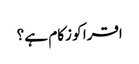
اقرا کو زکام ہے ؟